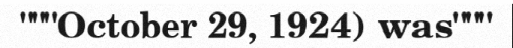
"""October 29, 1924) was"""